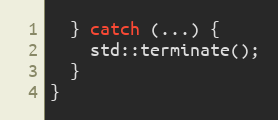
Language: C++
  } catch (...) {
    std::terminate();
  }
}